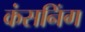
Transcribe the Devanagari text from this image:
कंसनिंग